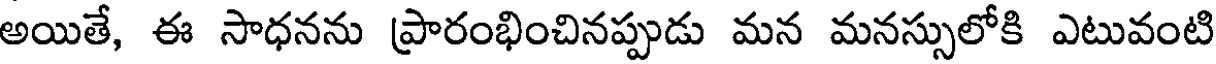
అయితే, ఈ సాధనను ప్రారంభించినప్పుడు మన మనస్సులోకి ఎటువంటి